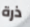
ذرة